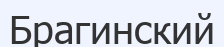
Брагинский